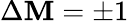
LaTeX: \Delta\mathbf{M}=\pm1